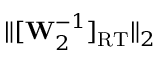
\lVert [ \mathbf { W } _ { 2 } ^ { - 1 } ] _ { \mathrm { R T } } \rVert _ { 2 }